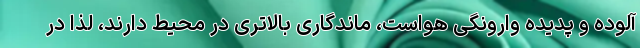
آلوده و پدیده وارونگی هواست، ماندگاری بالاتری در محیط دارند، لذا در